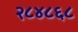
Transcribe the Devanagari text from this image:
२८४८६८